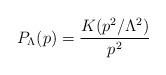
\begin{align*}P_{\Lambda}(p)=\frac{K(p^2/\Lambda^{2})}{p^2}\end{align*}